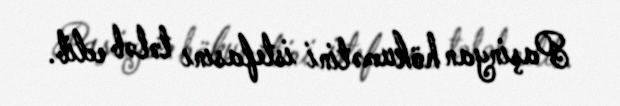
Paşinyan hökumətini istefasını tələb edib.